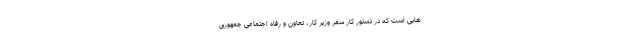
هایی است که در دستور کار سفر وزیر کار، تعاون و رفاه اجتماعی جمهوری